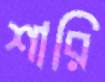
শারি